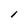
Character: l